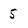
Character: 5